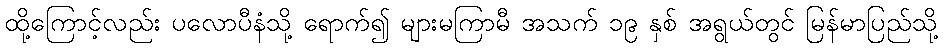
ထို့ကြောင့်လည်း ပလောပီနံသို့ ရောက်၍ များမကြာမီ အသက် ၁၉ နှစ် အရွယ်တွင် မြန်မာပြည်သို့